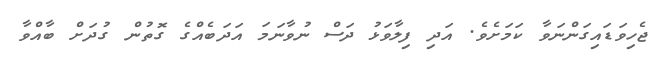
ޖެހިވަޑައިގަންނަވާ ކަމަށެވެ. އަދި ފިލާވަޅު ދަސް ނުވާނަމަ އަދަބެއްގެ ގޮތުން ގުދަށް ބާއްވާ